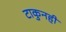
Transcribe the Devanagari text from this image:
टाकुनही